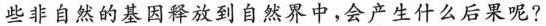
些非自然的基因释放到自然界中，会产生什么后果呢?